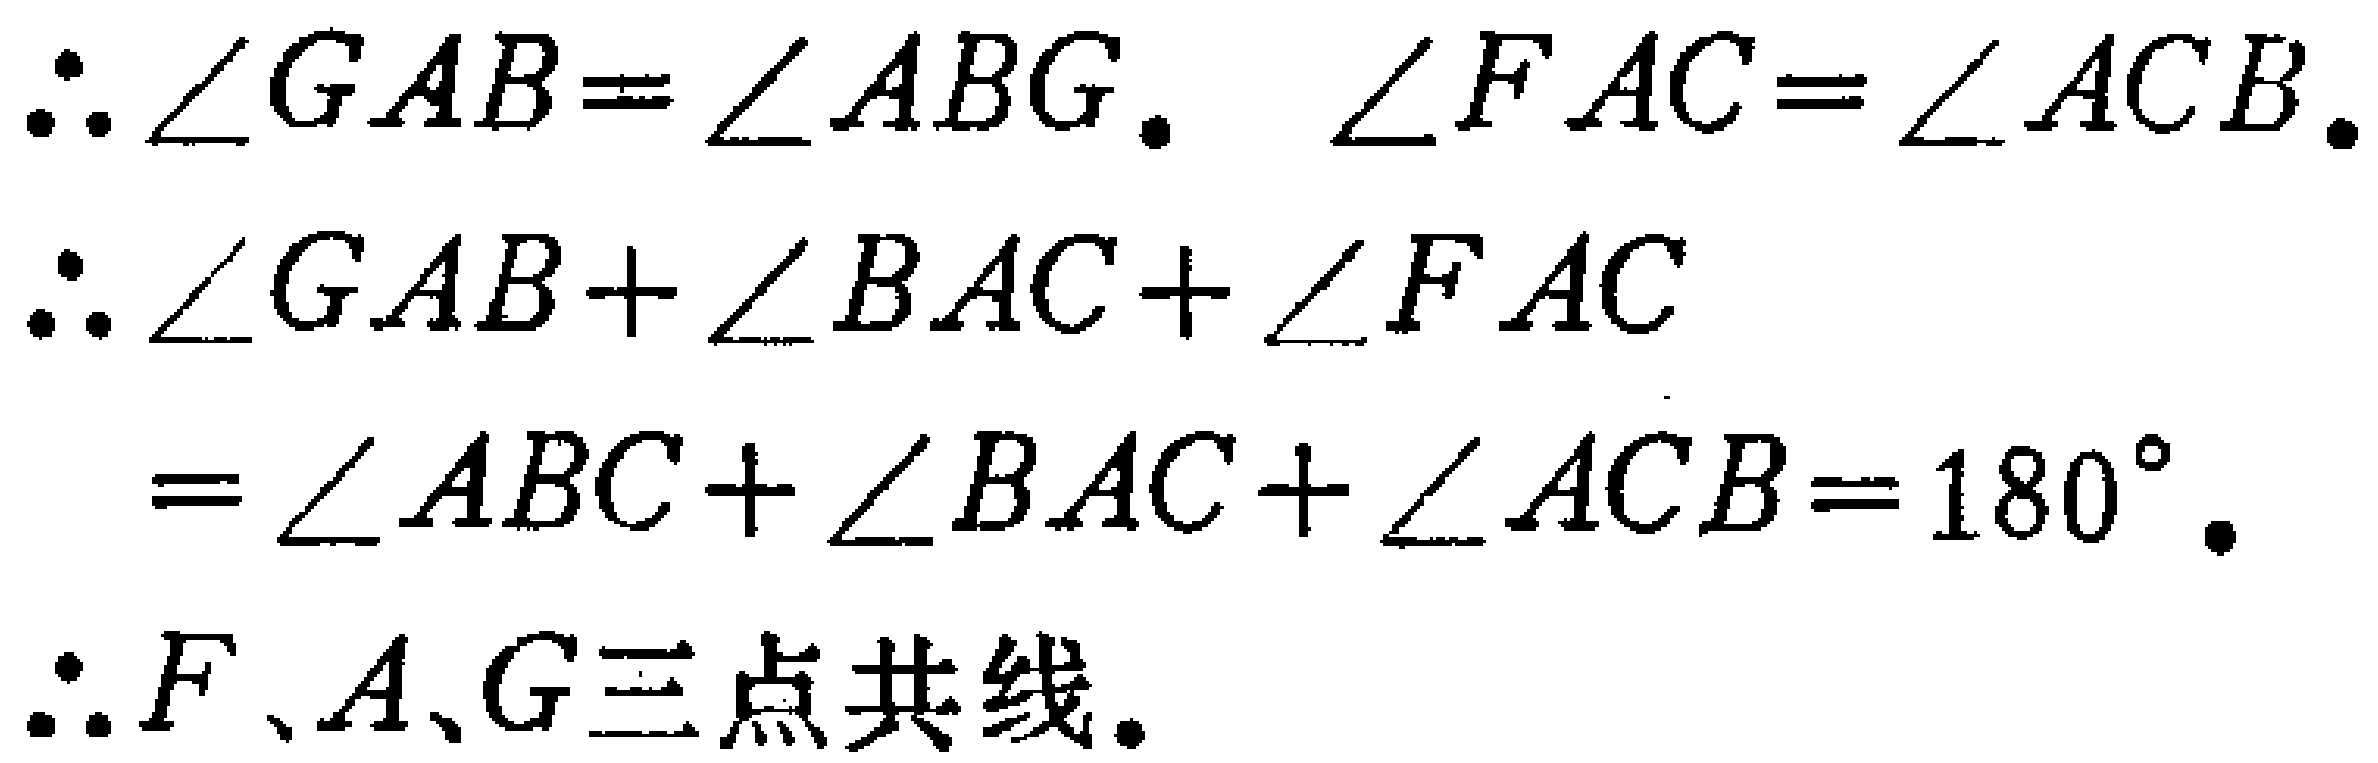
\begin{align*}
&\therefore \angle GAB = \angle ABG,\ \angle FAC=\angle ACB.\\
&\therefore \angle GAB+\angle BAC+\angle FAC\\
&\quad=\angle ABC+\angle BAC+\angle ACB = 180^{\circ}.\\
&\therefore F、A、G三点共线.
\end{align*}